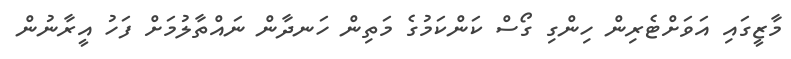
މާޒީގައި އަވަށްޓެރިން ހިންގި ގޯސް ކަންކަމުގެ މަތިން ހަނދާން ނައްތާލުމަށް ފަހު އީރާނުން